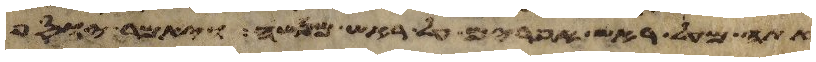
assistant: אתה מעל ראש אפרים על ראש מנשה ויאמר יוסף